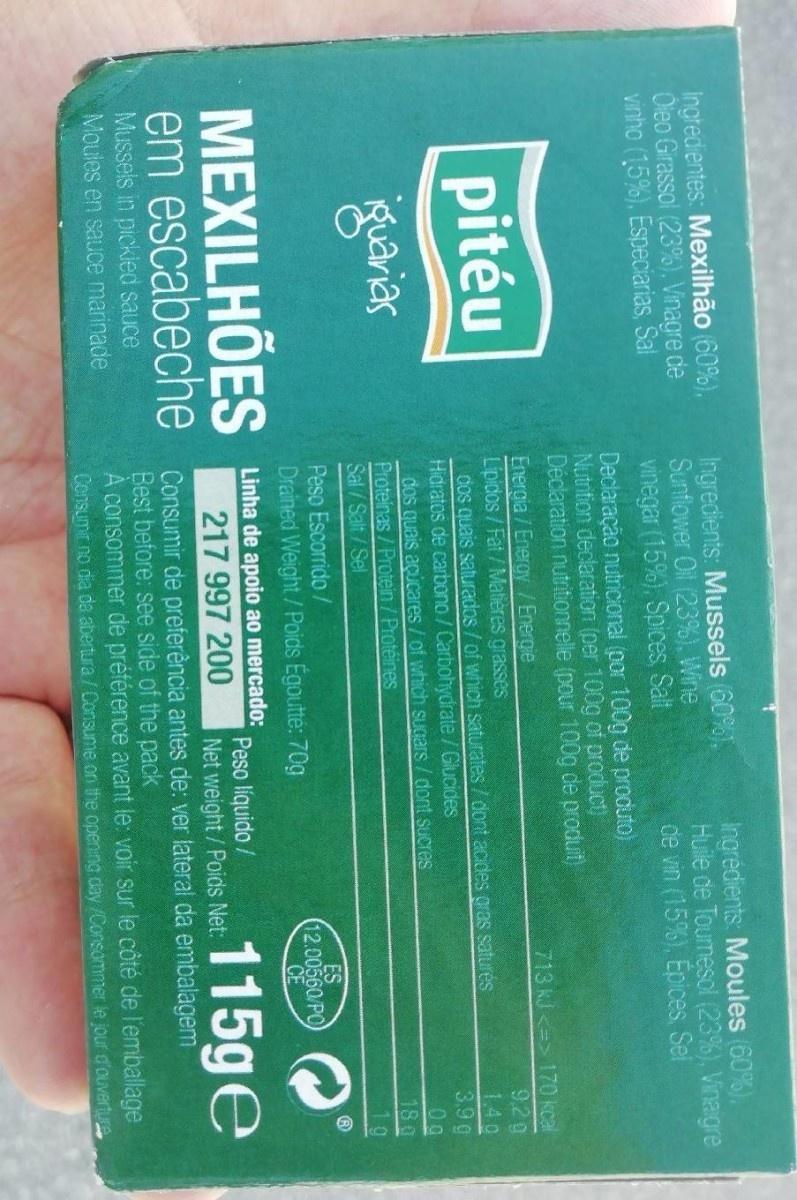
Ingrédients: Moules 60%). Huile de Toumesol (23%), Vinaigre de vin (15%), Epices Sel
ingredientes: Mexilhão 60%), Oleo Girassol (23%), Vinagre de vinho (15%), Especiarias, Sal
Ingredients: Mussels 60%), Sunflower Oil (23%), Wine vinegar (15%), Spices, Salt Declaração nutricional (por 100g de produto) Nutnition declaration (per 100g of product) Déclaration nutritionnelle (pour 100g de produit)
713 kJ<=> 170 kcal 9.2g
Energia/Energy /Energie Lipidos/Fat/Matières grasses dos quais saturados / of which saturates / dont acides gras saturés Hidratos de carbono/ Carbohydrate/Glucides dos quais acucares/ of which sSUgars/dont sucres Proteinas/Protein/Protéines Sal/Salt/Sel
pitéu
140 3.9g 0g 18g 1g
ES 12.00560/PO CE
Peso Escorrido /
Drained Weight/Poids Egoutté: 70g
MEXILHÕES em escabeche Consumir de preferència antes de: ver lateral da embalagemi
Linha de apoio ao mercado:
Peso líquido / Net weight/Poids Net:
115ge
217 997 200
Mussels in pickied sauce Moules en sauce marinade
Best before: see side of the pack A consommer de préférence avant le: voir sur le côté de l'emballage Consumir no dia da abertura/Consume on the opening day /Consommer le jour d'ouverture